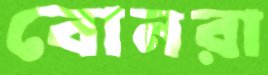
বোনরা